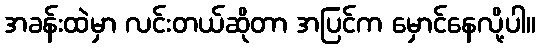
အခန်းထဲမှာ လင်းတယ်ဆိုတာ အပြင်က မှောင်နေလို့ပါ။